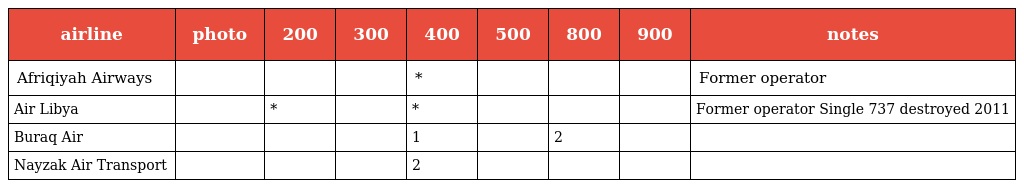
| airline | photo | 200 | 300 | 400 | 500 | 800 | 900 | notes |
 | --- | --- | --- | --- | --- | --- | --- | --- | --- |
 | Afriqiyah Airways |  |  |  | * |  |  |  | Former operator |
 | Air Libya |  | * |  | * |  |  |  | Former operator Single 737 destroyed 2011 |
 | Buraq Air |  |  |  | 1 |  | 2 |  |  |
 | Nayzak Air Transport |  |  |  | 2 |  |  |  |  |